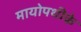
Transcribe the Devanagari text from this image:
मायोपथीके